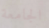
الجامعة